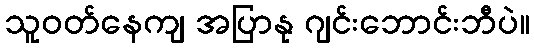
သူဝတ်နေကျ အပြာနု ဂျင်းဘောင်းဘီပဲ။